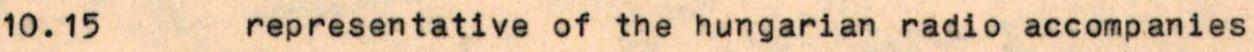
10.15  representative of the hungarian radio accompanies